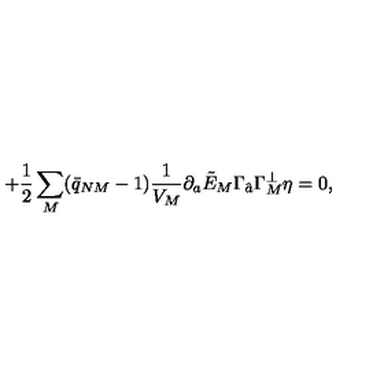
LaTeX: \qquad \qquad \qquad \qquad + { \frac { 1 } { 2 } } \sum _ { M } ( \bar { q } _ { N M } - 1 ) { \frac { 1 } { V _ { M } } } \partial _ { a } \tilde { E } _ { M } \Gamma _ { \hat { a } } \Gamma _ { M } ^ { \perp } \eta = 0 ,